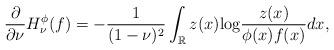
LaTeX: \begin{align*}\frac{\partial}{\partial \nu} H^{\phi}_{\nu}(f) = -\frac{1}{(1-\nu)^2} \int_{\mathbb{R}}z(x) {\rm log} \frac{z(x)}{\phi(x) f(x)} dx,\end{align*}